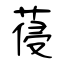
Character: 葠